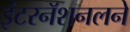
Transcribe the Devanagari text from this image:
इंटरनॅशनलने